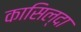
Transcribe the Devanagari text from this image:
कासिल्दा